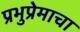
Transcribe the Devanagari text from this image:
प्रभुप्रेमाचा